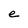
Character: e